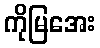
ကိုမြအေး